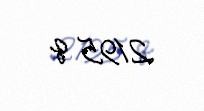
2195 q